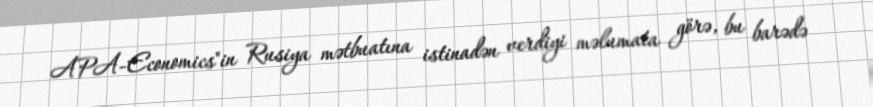
APA-Economics"in Rusiya mətbuatına istinadən verdiyi məlumata görə, bu barədə